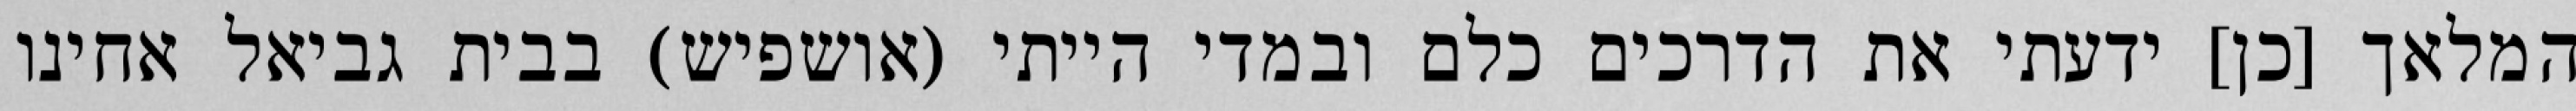
המלאך [כן] ידעתי את הדרכים כלם ובמדי הייתי (אושפיש) בבית גביאל אחינו